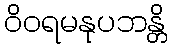
ဝိဝရမနုပဘန္တိ